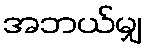
အဘယ်မျှ